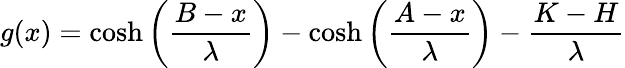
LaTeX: g(x)=\cosh\left(\frac{B-x}{\lambda}\right)-\cosh\left(\frac{A-x}{\lambda}\right)-\frac{K-H}{\lambda}